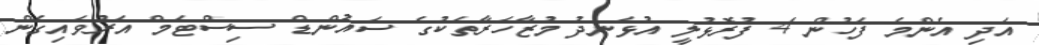
އަދި އެންމެ ފަހުން 4 ފުރޮޅުލީ އުޅަނދު މުޒާހަރާތަކުގެ ސައުންޑް ސިސްޓަމް އަރުވައިގެން